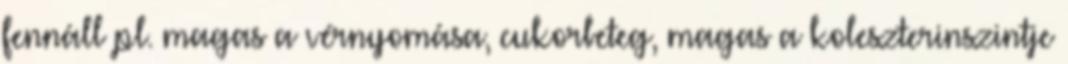
fennáll pl. magas a vérnyomása, cukorbeteg, magas a koleszterinszintje